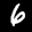
Label: 6